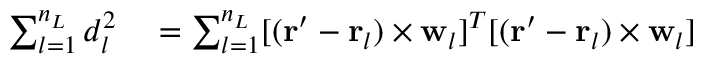
\begin{array} { r l } { \sum _ { l = 1 } ^ { n _ { L } } d _ { l } ^ { 2 } } & { { } = \sum _ { l = 1 } ^ { n _ { L } } [ ( \mathbf { r } ^ { \prime } - \mathbf { r } _ { l } ) \times \mathbf { w } _ { l } ] ^ { T } [ ( \mathbf { r } ^ { \prime } - \mathbf { r } _ { l } ) \times \mathbf { w } _ { l } ] } \end{array}